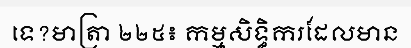
ទេ?មាត្រា ២២៥៖ កម្មសិទ្ធិករដែលមាន